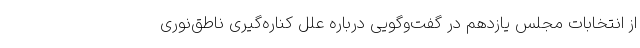
از انتخابات مجلس یازدهم در گفت‌وگویی درباره علل کناره‌گیری ناطق‌نوری